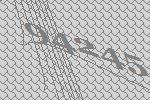
94245